Report on vaccination in the Province of Bengal - 1874-1889
Year: 1874
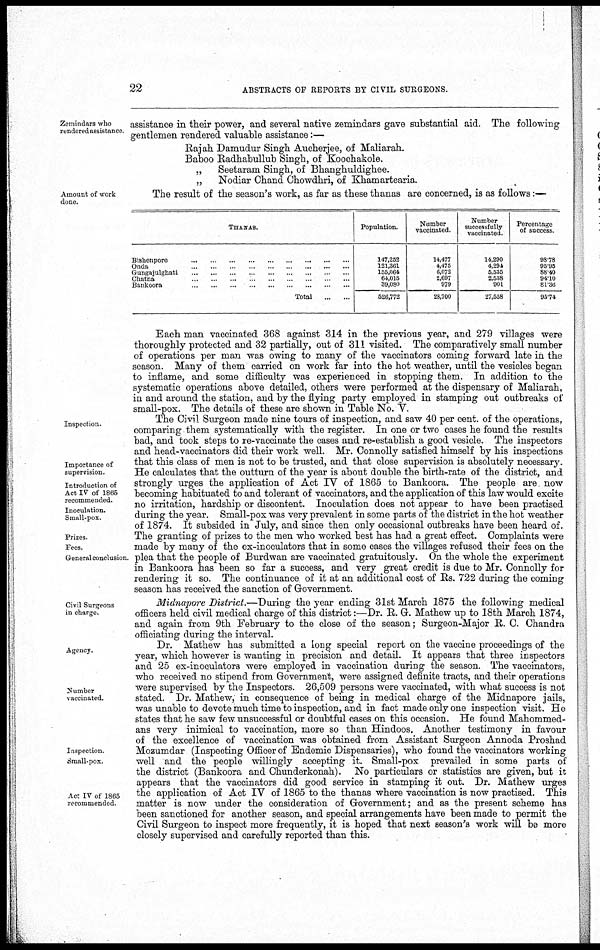
22
ABSTRACTS OF REPORTS BY CIVIL SURGEONS.
Zemindars who
rendered assistance. assistance in their power, and several native zemindars gave substantial aid. The following
gentlemen rendered valuable assistance:—
Rajah Damudur Singh Aucherjee, of Maliarah.
Baboo Radhabullub Singh, of Koochakole.
„
Seetaram Singh, of Bhanghuldighee.
„
Nodiar Chand Chowdhri, of Khamartearia.
Amount of work
done
The result of the season's work, as far as these thanas are concerned, is as follows:—
THANAS.
Bishenpore
...
...
...
...
...
...
...
Onda ... ... ... ... ... ...
Gungajulghati
...
...
...
...
...
...
Chatna
...
...
...
...
...
Bankoora
...
...
...
...
...
...
...
Total
...
...
Population.
147,252
121,361
155,064
64,015
39,080
526,772
Number
vaccinated.
14,477
4,475
6,072
2,697
979
28,700
Number
successfully
vaccinated.
14,290
4,294
5,535
2,538
901
27,558
Percentage
of success
98.78
95.95
88.40
94.10
81.36
95.74
Each man vaccinated 368 against 314 in the previous year, and 279 villages were
thoroughly protected and 32 partially, out of 311 visited. The comparatively small number
of operations per man was owing to many of the vaccinators coming forward late in the
season. Many of them carried on work far into the hot weather, until the vesicles began
to inflame, and some difficulty was experienced in stopping them. In addition to the
systematic operations above detailed, others were performed at the dispensary of Maliarah,
in and around the station, and by the flying party employed in stamping out outbreaks of
small-pox. The details of these are shown in Table No. V.
Inspection
Importance of
supervision.
Introduction of
Act IV of 1865
recommended.
Inoculation.
Small-pox
Prizes.
Fees.
General conclusion.
The Civil Surgeon made nine tours of inspection, and saw 40 per cent. of the operations,
comparing them systematically with the register. In one or two cases he found the results
bad, and took steps to re-vaccinate the cases and re-establish a good vesicle. The inspectors
and head-vaccinators did their work well. Mr. Connolly satisfied himself by his inspections
that this class of men is not to be trusted, and that close supervision is absolutely necessary.
He calculates that the outturn of the year is about double the birth-rate of the district, and
strongly urges the application of Act IV of 1865 to Bankoora. The people are now
becoming habituated to and tolerant of vaccinators, and the application of this law would excite
no irritation, hardship or discontent. Inoculation does not appear to have been practised
during the year. Small-pox was very prevalent in some parts of the district in the hot weather
of 1874. It subsided in July, and since then only occasional outbreaks have been heard of.
The granting of prizes to the men who worked best has had a great effect. Complaints were
made by many of the ex-inoculators that in some cases the villages refused their fees on the
plea that the people of Burdwan are vaccinated gratuitously. On the whole the experiment
in Bankoora has been so far a success, and very great credit is due to Mr. Connolly for
rendering it so. The continuance of it at an additional cost of Rs. 722 during the coming
season has received the sanction of Government.
Civil Surgeons
in charge.
Midnapore District.—During the year ending 31st March 1875 the following medical
officers held civil medical charge of this district:—Dr. R. G. Mathew up to 18th March 1874,
and again from 9th February to the close of the season; Surgeon-Major R. C. Chandra
officiating during the interval.
Agency.
Number
vaccinated.
Inspection
Small-pox.
Act IV of 1865
recommended.
Dr. Mathew has submitted a long special report on the vaccine proceedings of the
year, which however is wanting in precision and detail. It appears that three inspectors
and 25 ex-inoculators were employed in vaccination during the season. The vaccinators,
who received no stipend from Government, were assigned definite tracts, and their operations
were supervised by the Inspectors. 26,509 persons were vaccinated, with what success is not
stated. Dr. Mathew, in consequence of being in medical charge of the Midnapore jails,
was unable to devote much time to inspection, and in fact made only one inspection visit. He
states that he saw few unsuccessful or doubtful cases on this occasion. He found Mahommed-
ans very inimical to vaccination, more so than Hindoos. Another testimony in favour
of the excellence of vaccination was obtained from Assistant Surgeon Annoda Proshad
Mozumdar (Inspecting Officer of Endemic Dispensaries), who found the vaccinators working
well and the people willingly accepting it. Small-pox prevailed in some parts of
the district (Bankoora and Chunderkonah). No particulars or statistics are given, but it
appears that the vaccinators did good service in stamping it out. Dr. Mathew urges
the application of Act IV of 1865 to the thanas where vaccination is now practised. This
matter is now under the consideration of Government; and as the present scheme has
been sanctioned for another season, and special arrangements have been made to permit the
Civil Surgeon to inspect more frequently, it is hoped that next season's work will be more
closely supervised and carefully reported than this.